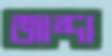
জাব্দা